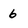
Character: 6